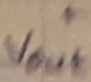
Text: +Vout